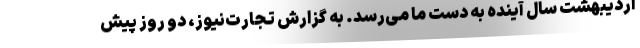
اردیبهشت سال آینده به دست ما می‌رسد. به گزارش تجارت‌نیوز، دو روز پیش